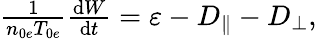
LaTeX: \begin{array}{r}{\frac{1}{n_{0e}T_{0e}}\frac{\mathrm{d}W}{\mathrm{d}t}=\varepsilon-D_{\parallel}-D_{\perp},}\end{array}